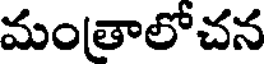
మంత్రాలోచన